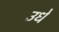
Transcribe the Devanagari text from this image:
उधे